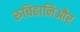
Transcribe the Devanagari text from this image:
रुचिहानिऔर